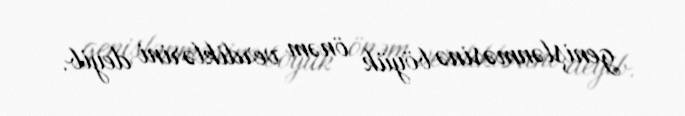
genişlənməsinə böyük önəm verdiklərini deyib.